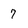
Character: 7